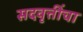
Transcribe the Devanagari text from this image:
सदवृत्तींचा